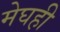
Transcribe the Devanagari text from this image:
मेघही